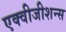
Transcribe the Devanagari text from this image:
एक्वीजीशन्स